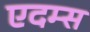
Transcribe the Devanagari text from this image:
एदम्स